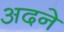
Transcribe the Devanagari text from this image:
अदने